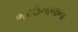
ભરઉનાળાના